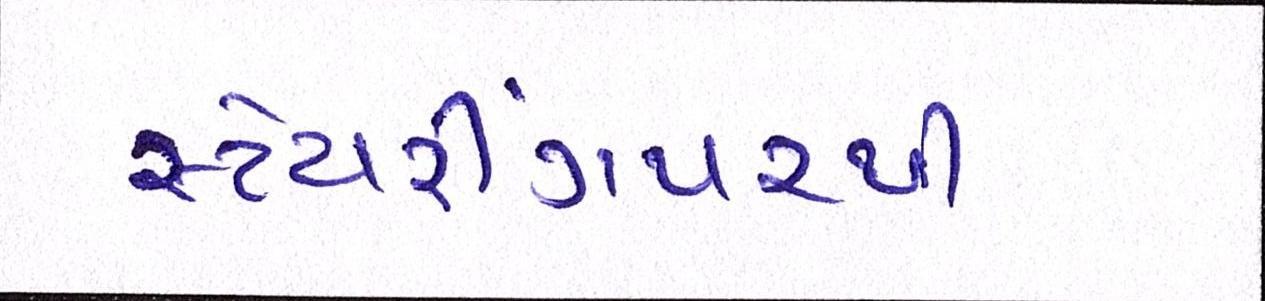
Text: સ્ટેયરીંગપરથી